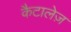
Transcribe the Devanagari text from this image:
कैटालेज़